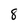
Character: 8